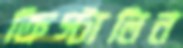
ক্রিস্টালিন